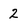
Character: 2